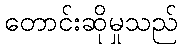
တောင်းဆိုမှုသည်